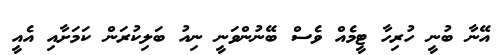
އޭނާ ބުނީ ހުރިހާ ޓީމެއް ވެސް ބޭނުންވަނީ ނިއު ބަލިކުރަން ކަމަށާއި އެއީ